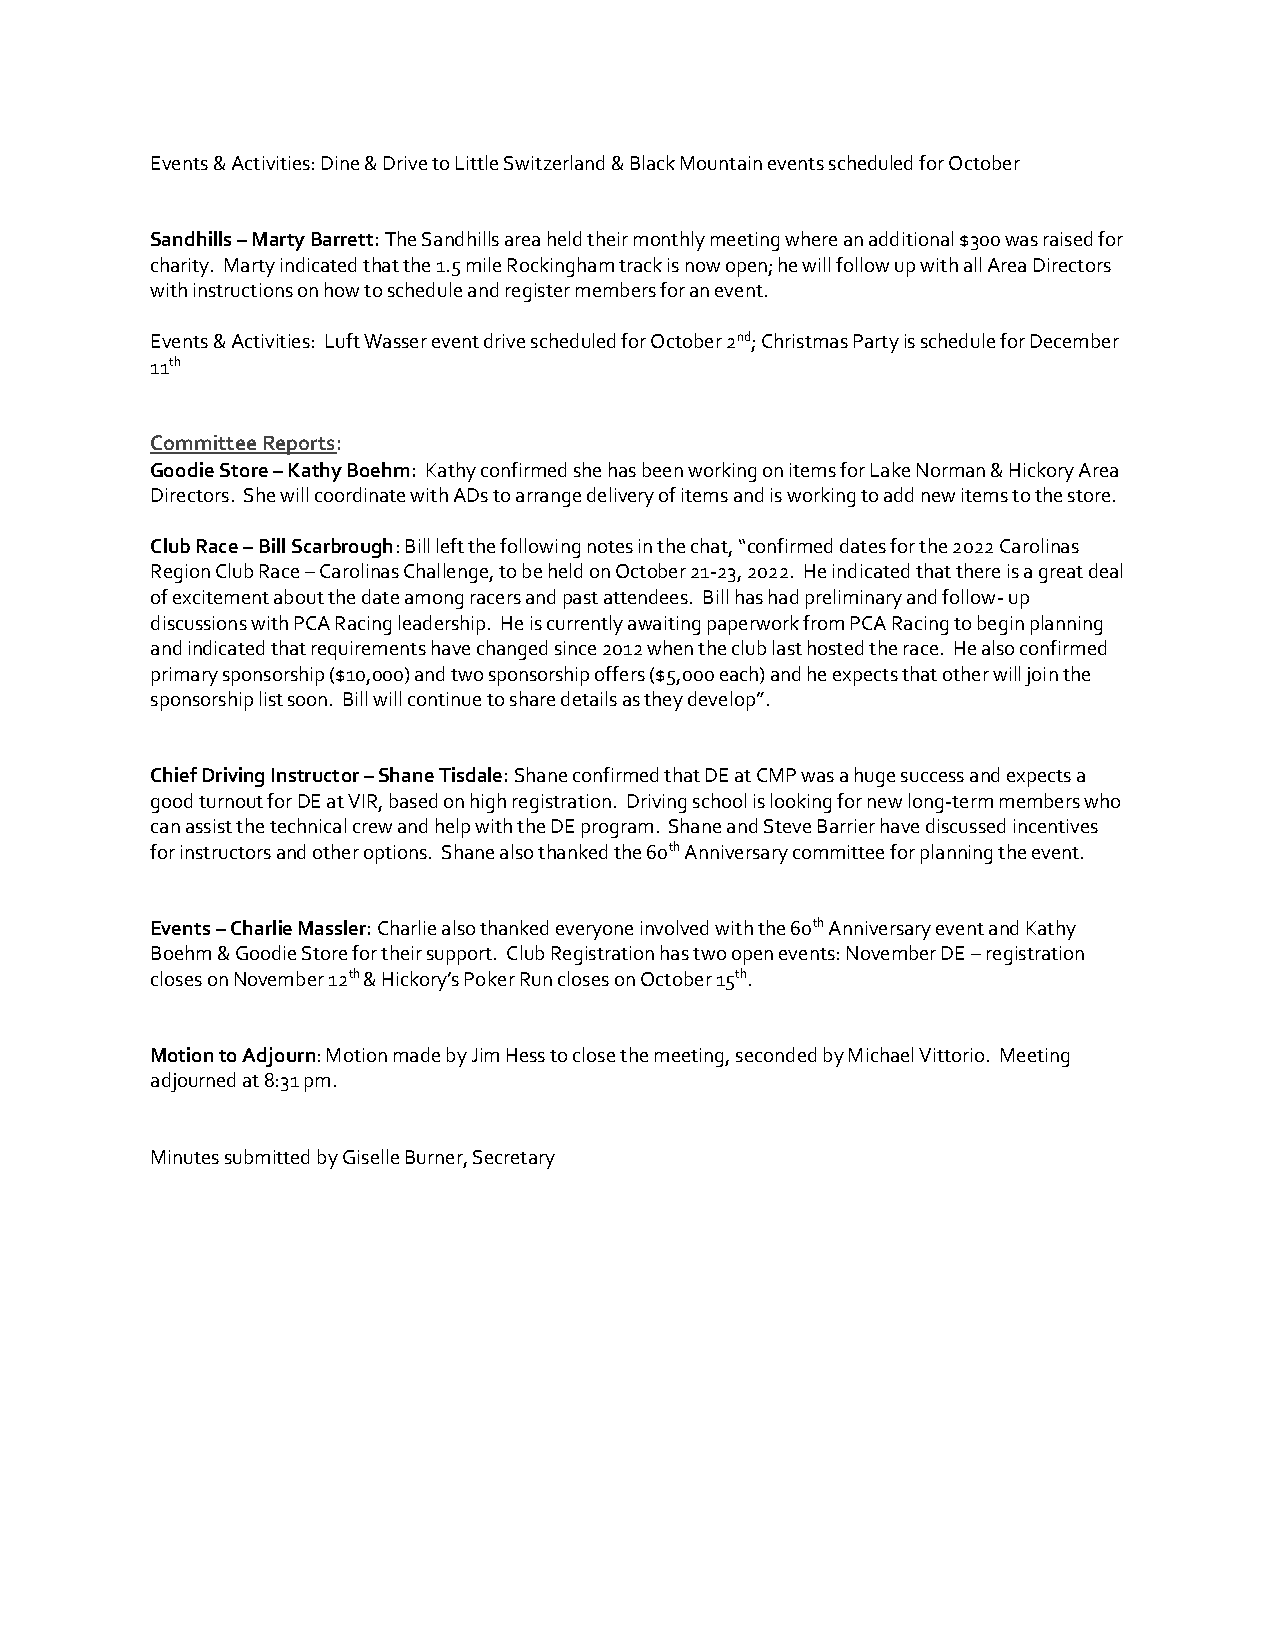
Events & Activities: Dine & Drive to Little Switzerland & Black Mountain events scheduled for October
 Sandhills – Marty Barrett: The Sandhills area held their monthly meeting where an additional $300 was raised for
 charity. Marty indicated that the 1.5 mile Rockingham track is now open; he will follow up with all Area Directors
 with instructions on how to schedule and register members for an event.
 Events & Activities: Luft Wasser event drive scheduled for October 2nd; Christmas Party is schedule for December
 11th
 Committee Reports:
 Goodie Store – Kathy Boehm: Kathy confirmed she has been working on items for Lake Norman & Hickory Area
 Directors. She will coordinate with ADs to arrange delivery of items and is working to add new items to the store.
 Club Race – Bill Scarbrough: Bill left the following notes in the chat, “confirmed dates for the 2022 Carolinas
 Region Club Race – Carolinas Challenge, to be held on October 21-23, 2022. He indicated that there is a great deal
 of excitement about the date among racers and past attendees. Bill has had preliminary and follow- up
 discussions with PCA Racing leadership. He is currently awaiting paperwork from PCA Racing to begin planning
 and indicated that requirements have changed since 2012 when the club last hosted the race. He also confirmed
 primary sponsorship ($10,000) and two sponsorship offers ($5,000 each) and he expects that other will join the
 sponsorship list soon. Bill will continue to share details as they develop”.
 Chief Driving Instructor – Shane Tisdale: Shane confirmed that DE at CMP was a huge success and expects a
 good turnout for DE at VIR, based on high registration. Driving school is looking for new long-term members who
 can assist the technical crew and help with the DE program. Shane and Steve Barrier have discussed incentives
 for instructors and other options. Shane also thanked the 60th Anniversary committee for planning the event.
 Events – Charlie Massler: Charlie also thanked everyone involved with the 60th Anniversary event and Kathy
 Boehm & Goodie Store for their support. Club Registration has two open events: November DE – registration
 closes on November 12th & Hickory’s Poker Run closes on October 15th.
 Motion to Adjourn: Motion made by Jim Hess to close the meeting, seconded by Michael Vittorio. Meeting
 adjourned at 8:31 pm.
 Minutes submitted by Giselle Burner, Secretary